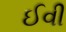
ઈવી